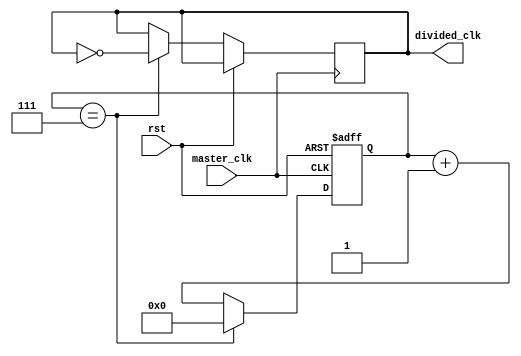
module ripple_counter_clock_divider (
    input master_clk,
    input rst,
    output reg divided_clk
);

reg [3:0] count;

always @(posedge master_clk or posedge rst) begin
    if (rst) begin
        count <= 4'b0000;
    end else begin
        count <= count + 1;
        if (count == 4'd7) begin
            divided_clk <= ~divided_clk;
            count <= 4'b0000;
        end
    end
end

endmodule